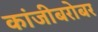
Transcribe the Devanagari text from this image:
कांजीबरोबर